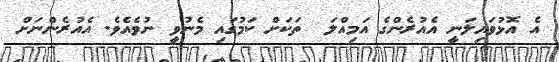
އެ އޮޅުވައިލަނީ އެއުރެންގެ އަމިއްލަ  ތަކަށް ކަމުގައި މެނުވީ ނުވެއެވެ. އެއުރެންނަށް